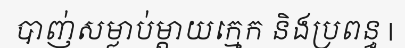
បាញ់សម្លាប់ម្តាយក្មេក និងប្រពន្ធ |